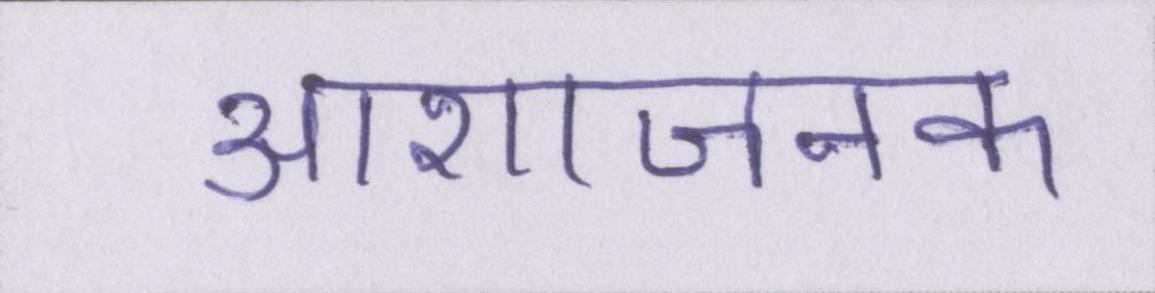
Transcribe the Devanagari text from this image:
आशाजनक